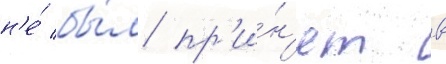
н'е́ бы́л пр'и́н'ят в